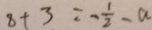
8 + 3 = - \frac { 1 } { 2 } - a